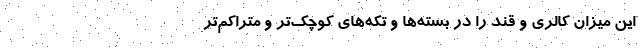
این میزان کالری و قند را در بسته‌ها و تکه‌های کوچک‌تر و متراکم‌تر